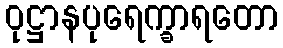
ဝုဋ္ဌာနပုရေက္ခာရတော